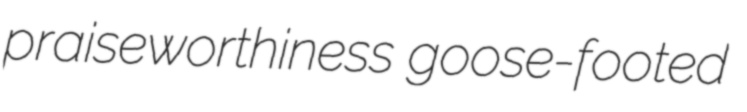
praiseworthiness goose-footed